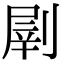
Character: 𠞂